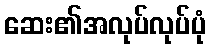
ဆေး၏အလုပ်လုပ်ပုံ